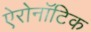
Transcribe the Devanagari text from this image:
ऐरोनॉटिक